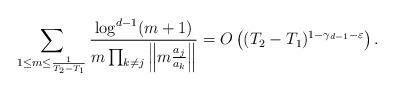
LaTeX: \begin{align*}\sum_{1 \le m \le \frac{1}{T_2 - T_1}} \frac{\log^{d-1} (m+1)}{m \prod_{k \neq j} \left\| m \frac{a_j}{a_k} \right\|} = O \left( (T_2 - T_1)^{1 - \gamma_{d-1} - \varepsilon} \right) .\end{align*}